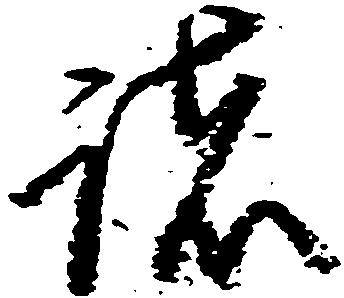
諸